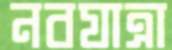
নবযাত্রা